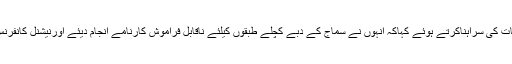
اس موقعہ پر باغ حسین راٹھور نے مرحومہ کی خدمات کی سراہناکرتے ہوئے کہاکہ انہوں نے سماج کے دبے کچلے طبقوں کیلئے ناقابل فراموش کارنامے انجام دیئے اورنیشنل کانفرنس کا ہر ایک کارکن انہیں خراج عقیدت پیش کرتاہے ۔